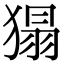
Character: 𤠐